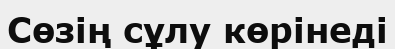
Сөзің сұлу көрінеді